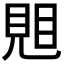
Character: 𧠦